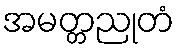
အမတ္တညုတံ